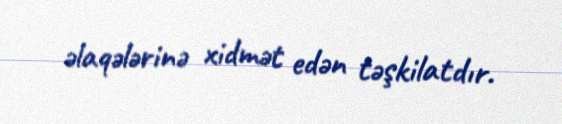
əlaqələrinə xidmət edən təşkilatdır.